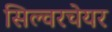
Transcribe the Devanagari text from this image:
सिल्वरचेयर